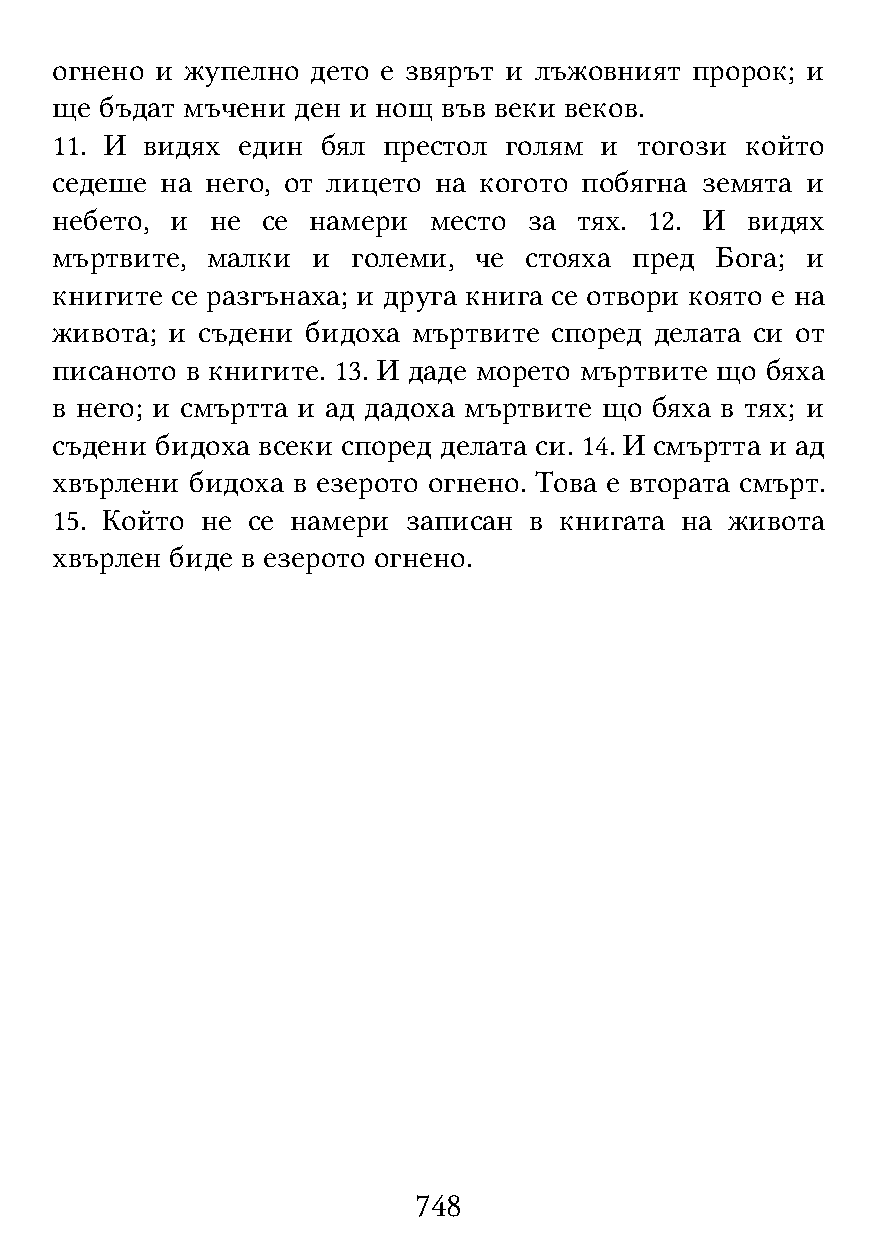
огнено и жупелно  дето е звярът и лъжовният пророк; и
 ще  бъдат мъчени ден и нощ във веки веков.
 11. И видях  един бял престол голям  и тогози който
 седеше  на него, от лицето на когото побягна земята и
 небето, и  не се намери  место  за тях. 12. И видях
 мъртвите,  малки  и големи, че  стояха пред Бога; и
 книгите се разгънаха; и друга книга се отвори която е на
 живота; и съдени бидоха мъртвите  според делата си от
 писаното в книгите. 13. И даде морето мъртвите що бяха
 в него; и смъртта и ад дадоха мъртвите що бяха в тях; и
 съдени бидоха всеки според делата си. 14. И смъртта и ад
 хвърлени  бидоха в езерото огнено. Това е втората смърт.
 15. Който не се намери  записан в книгата на живота
 хвърлен биде в езерото огнено.
 748